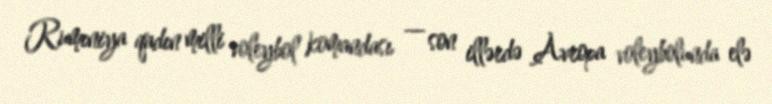
Rumıniya qadın milli voleybol komandası — son illərdə Avropa voleybolunda elə